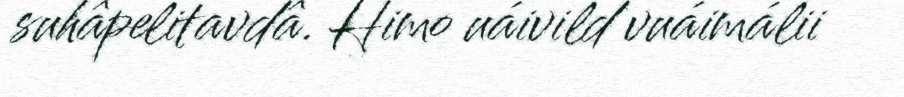
suhâpelitavdâ. Himo uáivild vuáimálii